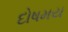
દોષમય